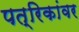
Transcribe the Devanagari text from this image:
पत्रिकांवर